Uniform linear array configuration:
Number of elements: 48
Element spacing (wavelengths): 0.25
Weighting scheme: blackman
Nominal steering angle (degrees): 45
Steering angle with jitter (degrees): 46.383
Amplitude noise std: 0.05
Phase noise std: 0.05

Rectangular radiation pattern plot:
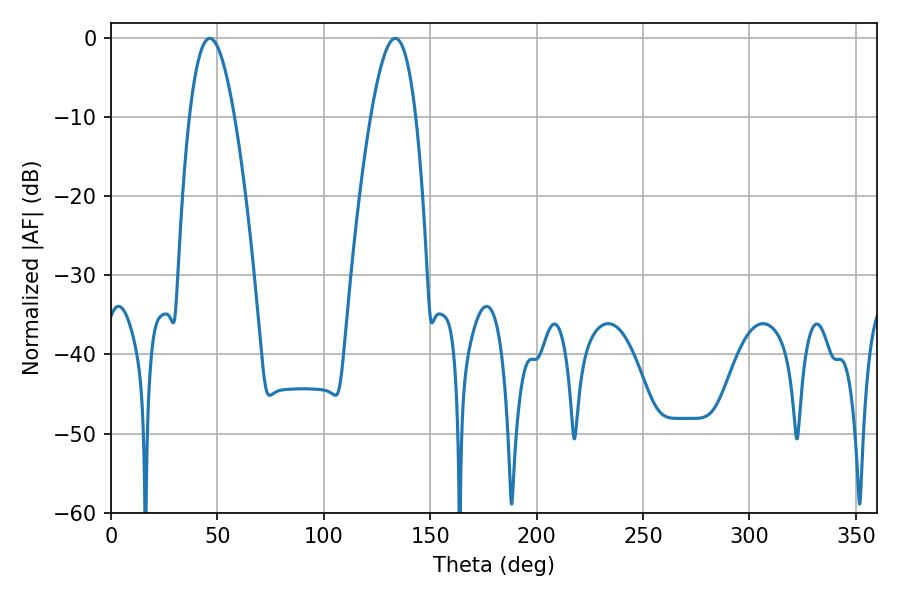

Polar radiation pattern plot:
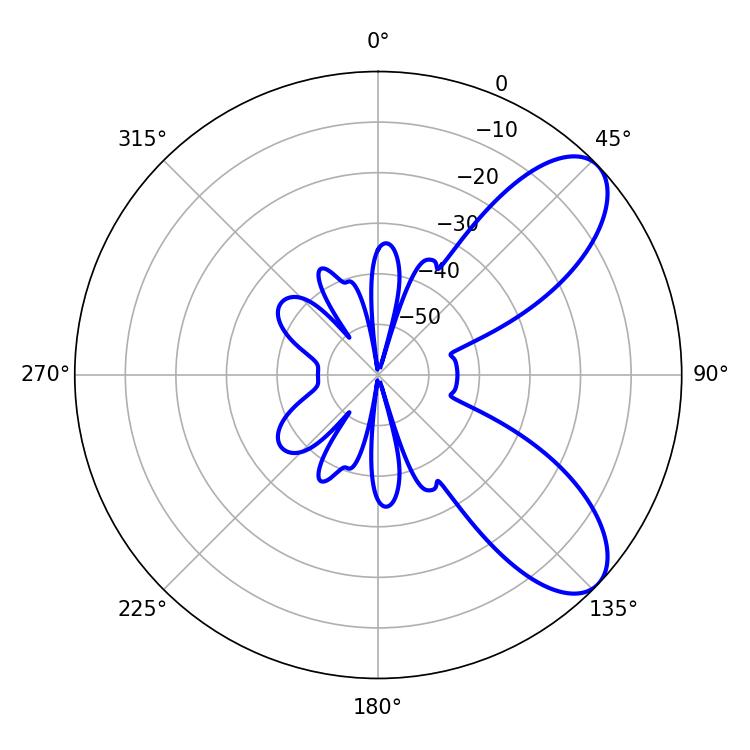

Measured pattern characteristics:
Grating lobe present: FALSE
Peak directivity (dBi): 7.996
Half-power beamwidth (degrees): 11.7
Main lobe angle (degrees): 46.44